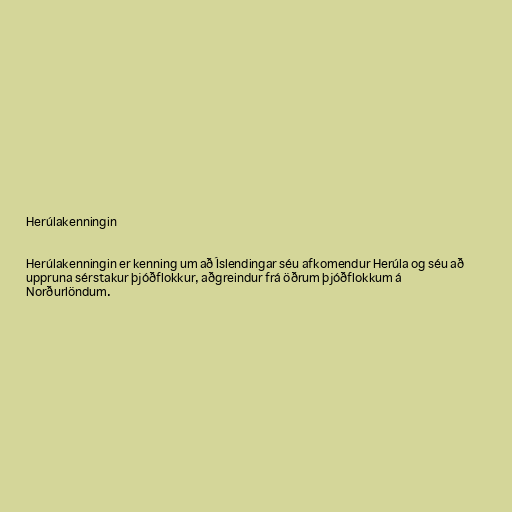
Herúlakenningin

Herúlakenningin er kenning um að Íslendingar séu afkomendur Herúla og séu að
uppruna sérstakur þjóðflokkur, aðgreindur frá öðrum þjóðflokkum á
Norðurlöndum.